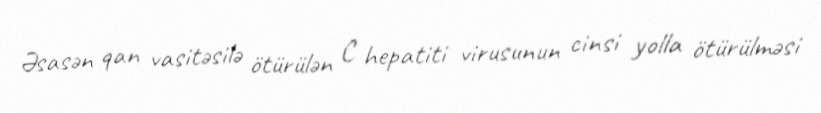
Əsasən qan vasitəsilə ötürülən С hepatiti virusunun cinsi yolla ötürülməsi